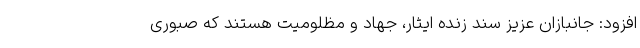
افزود: جانبازان عزیز سند زنده ایثار، جهاد و مظلومیت هستند که صبوری